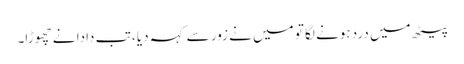
پیٹھ میں درد ہونے لگا تو میں نے زور سے کہہ دیا ، تب دادا نے چھوڑا۔